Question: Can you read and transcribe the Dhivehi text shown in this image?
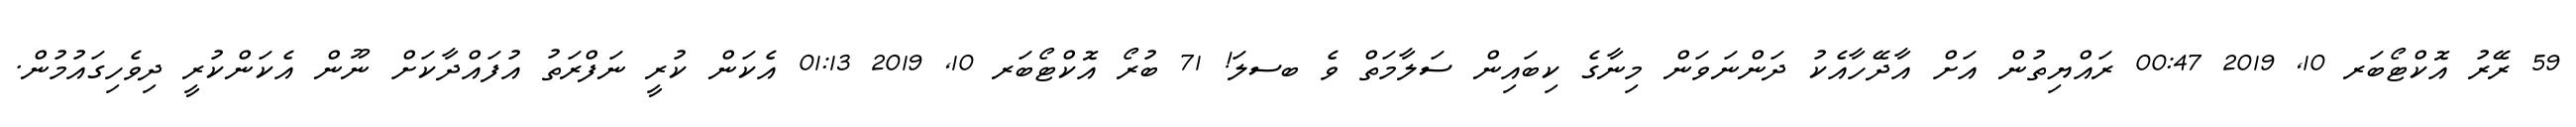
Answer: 59 ރޭރު އޮކްޓޯބަރ 10, 2019 00:47 ރައްޔިތުން އަށް އާދޭހާއެކު ދަންނަވަން މިނާގެ ކިބައިން ސަލާމަތް ވެ ބސލަ! 71 ބުރޯ އޮކްޓޯބަރ 10, 2019 01:13 އެކަން ކުރީ ނަފްރަތު އުފައްދާކަށް ނޫން އެކަންކުރީ ދިވެހިގައުމުން.